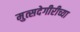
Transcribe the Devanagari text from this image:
मुत्सदेगीरीच्या